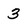
Character: 3